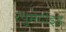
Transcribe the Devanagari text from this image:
रयुमेटोइड